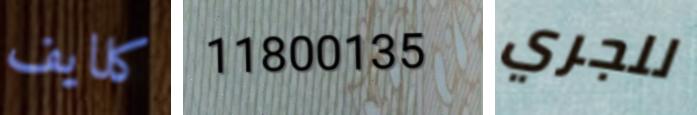
كلايف 11800135 للجري